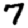
Digit: 7